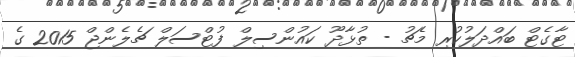
ޓާގެޓް ބައްދަލުކުރި މެޗު - ތުޅާދޫ ކައުންސިލް ފުޓްސަލް ޗެލެންޖް 2015 ގެ